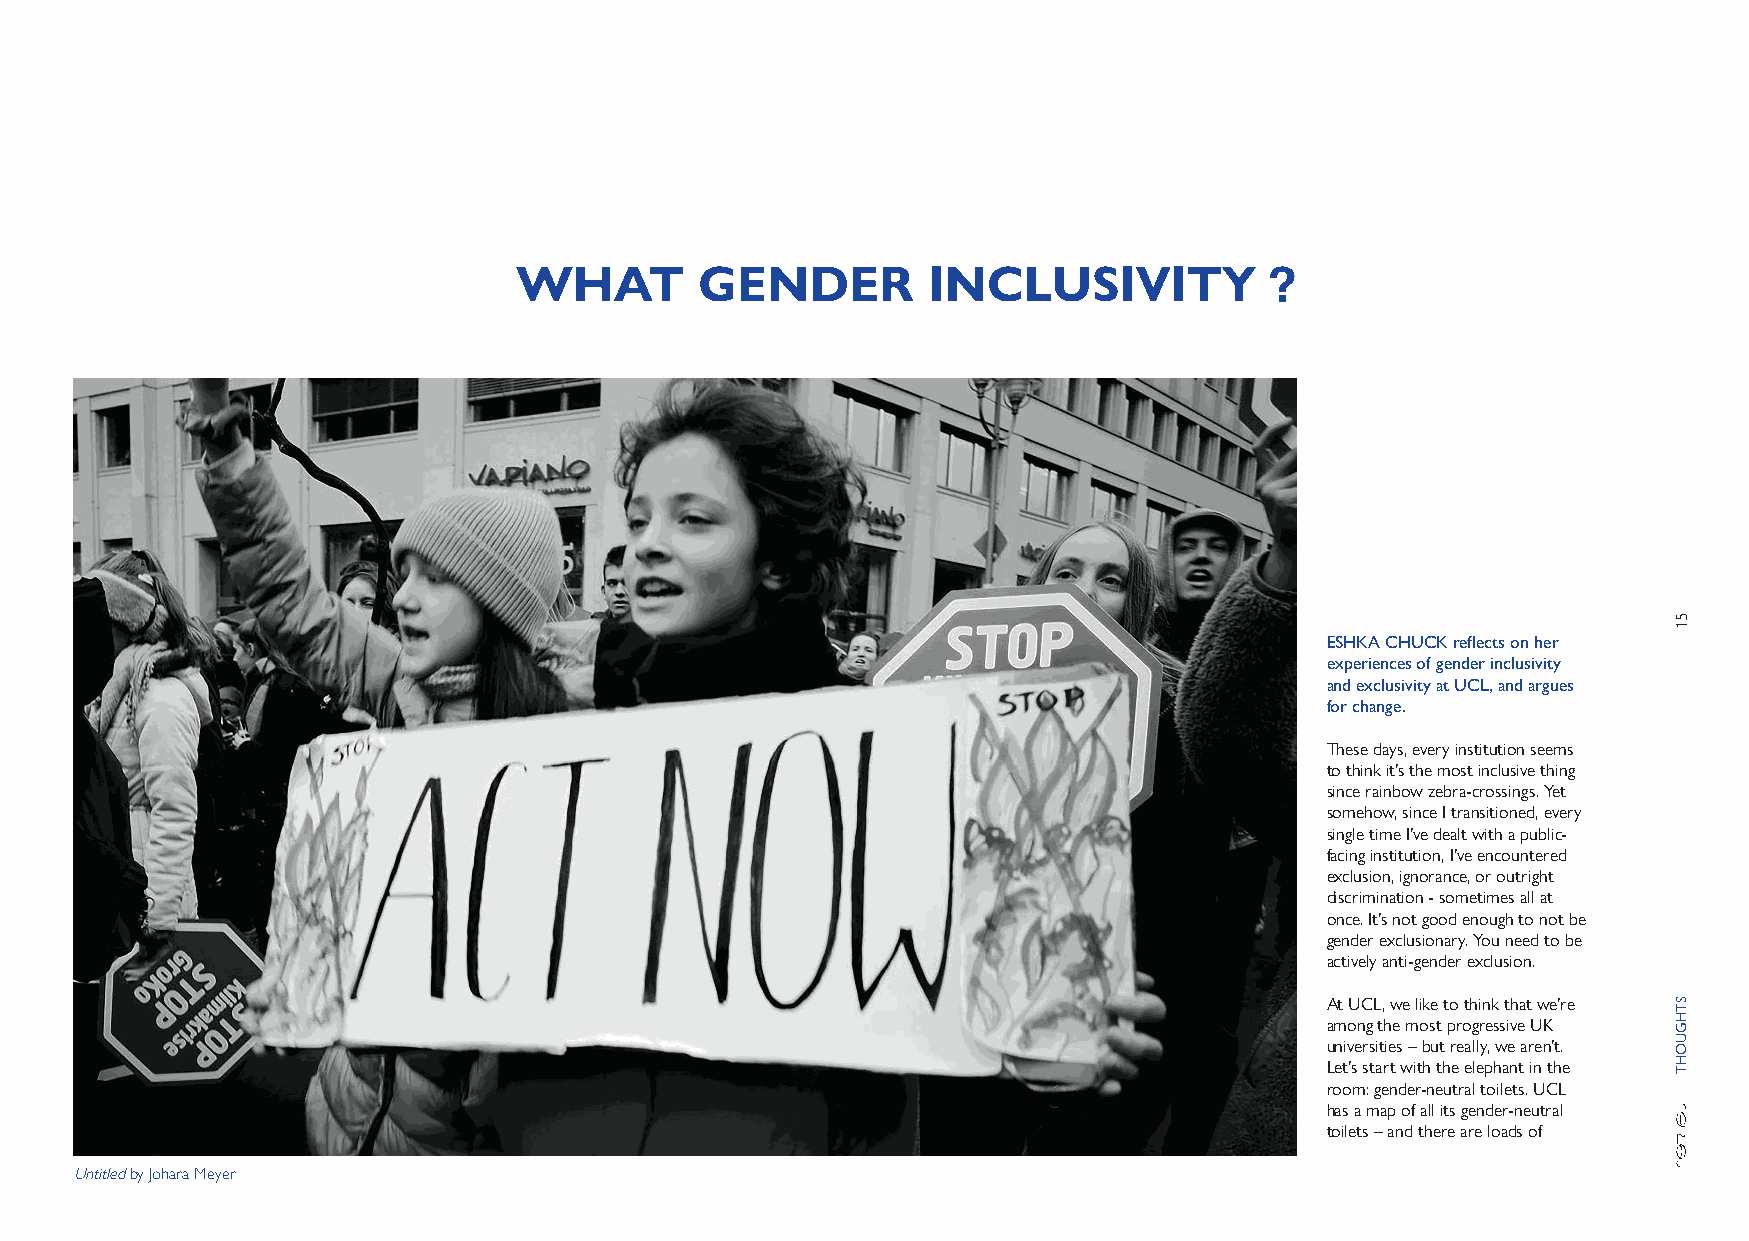
WHAT        GENDER         INCLUSIVITY
 ?
 ESHKA CHUCK reflects on her
 experiences of gender inclusivity
 and exclusivity at UCL, and argues
 for change.
 These days, every institution seems
 to think it’s the most inclusive thing
 since rainbow zebra-crossings. Yet
 somehow, since I transitioned, every
 single time I’ve dealt with a public-
 facing institution, I’ve encountered
 exclusion, ignorance, or outright
 discrimination - sometimes all at
 once. It’s not good enough to not be
 gender exclusionary. You need to be
 actively anti-gender exclusion.
 At UCL, we like to think that we’re
 among the most progressive UK
 universities – but really, we aren’t.
 Let’s start with the elephant in the
 room: gender-neutral toilets. UCL
 has a map of all its gender-neutral
 toilets – and there are loads of
 Untitled by Johara Meyer
 51
 STHGUOHT